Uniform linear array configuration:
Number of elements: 4
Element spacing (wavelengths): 1
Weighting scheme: kaiser
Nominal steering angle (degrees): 30
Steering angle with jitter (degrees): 29.149
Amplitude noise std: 0.05
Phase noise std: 0.05

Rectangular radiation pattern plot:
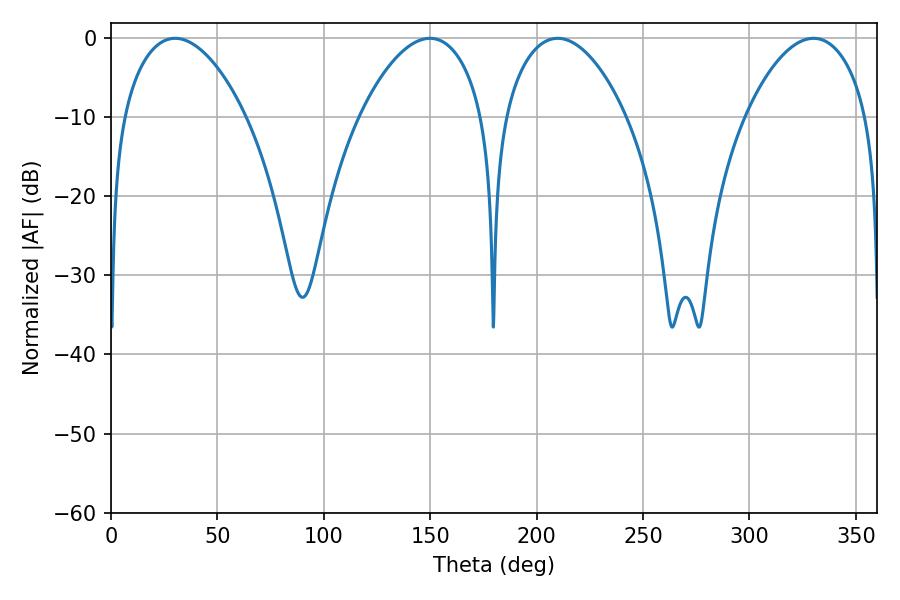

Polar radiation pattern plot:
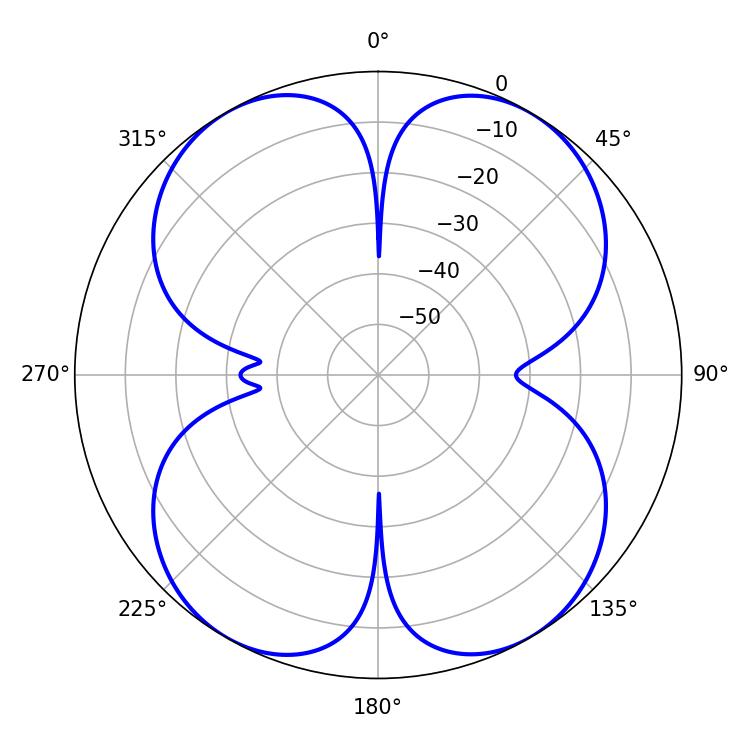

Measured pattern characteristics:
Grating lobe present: TRUE
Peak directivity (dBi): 20.508
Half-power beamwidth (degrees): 32.04
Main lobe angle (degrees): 209.88